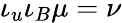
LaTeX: \iota_{u}\iota_{B}\mu=\nu